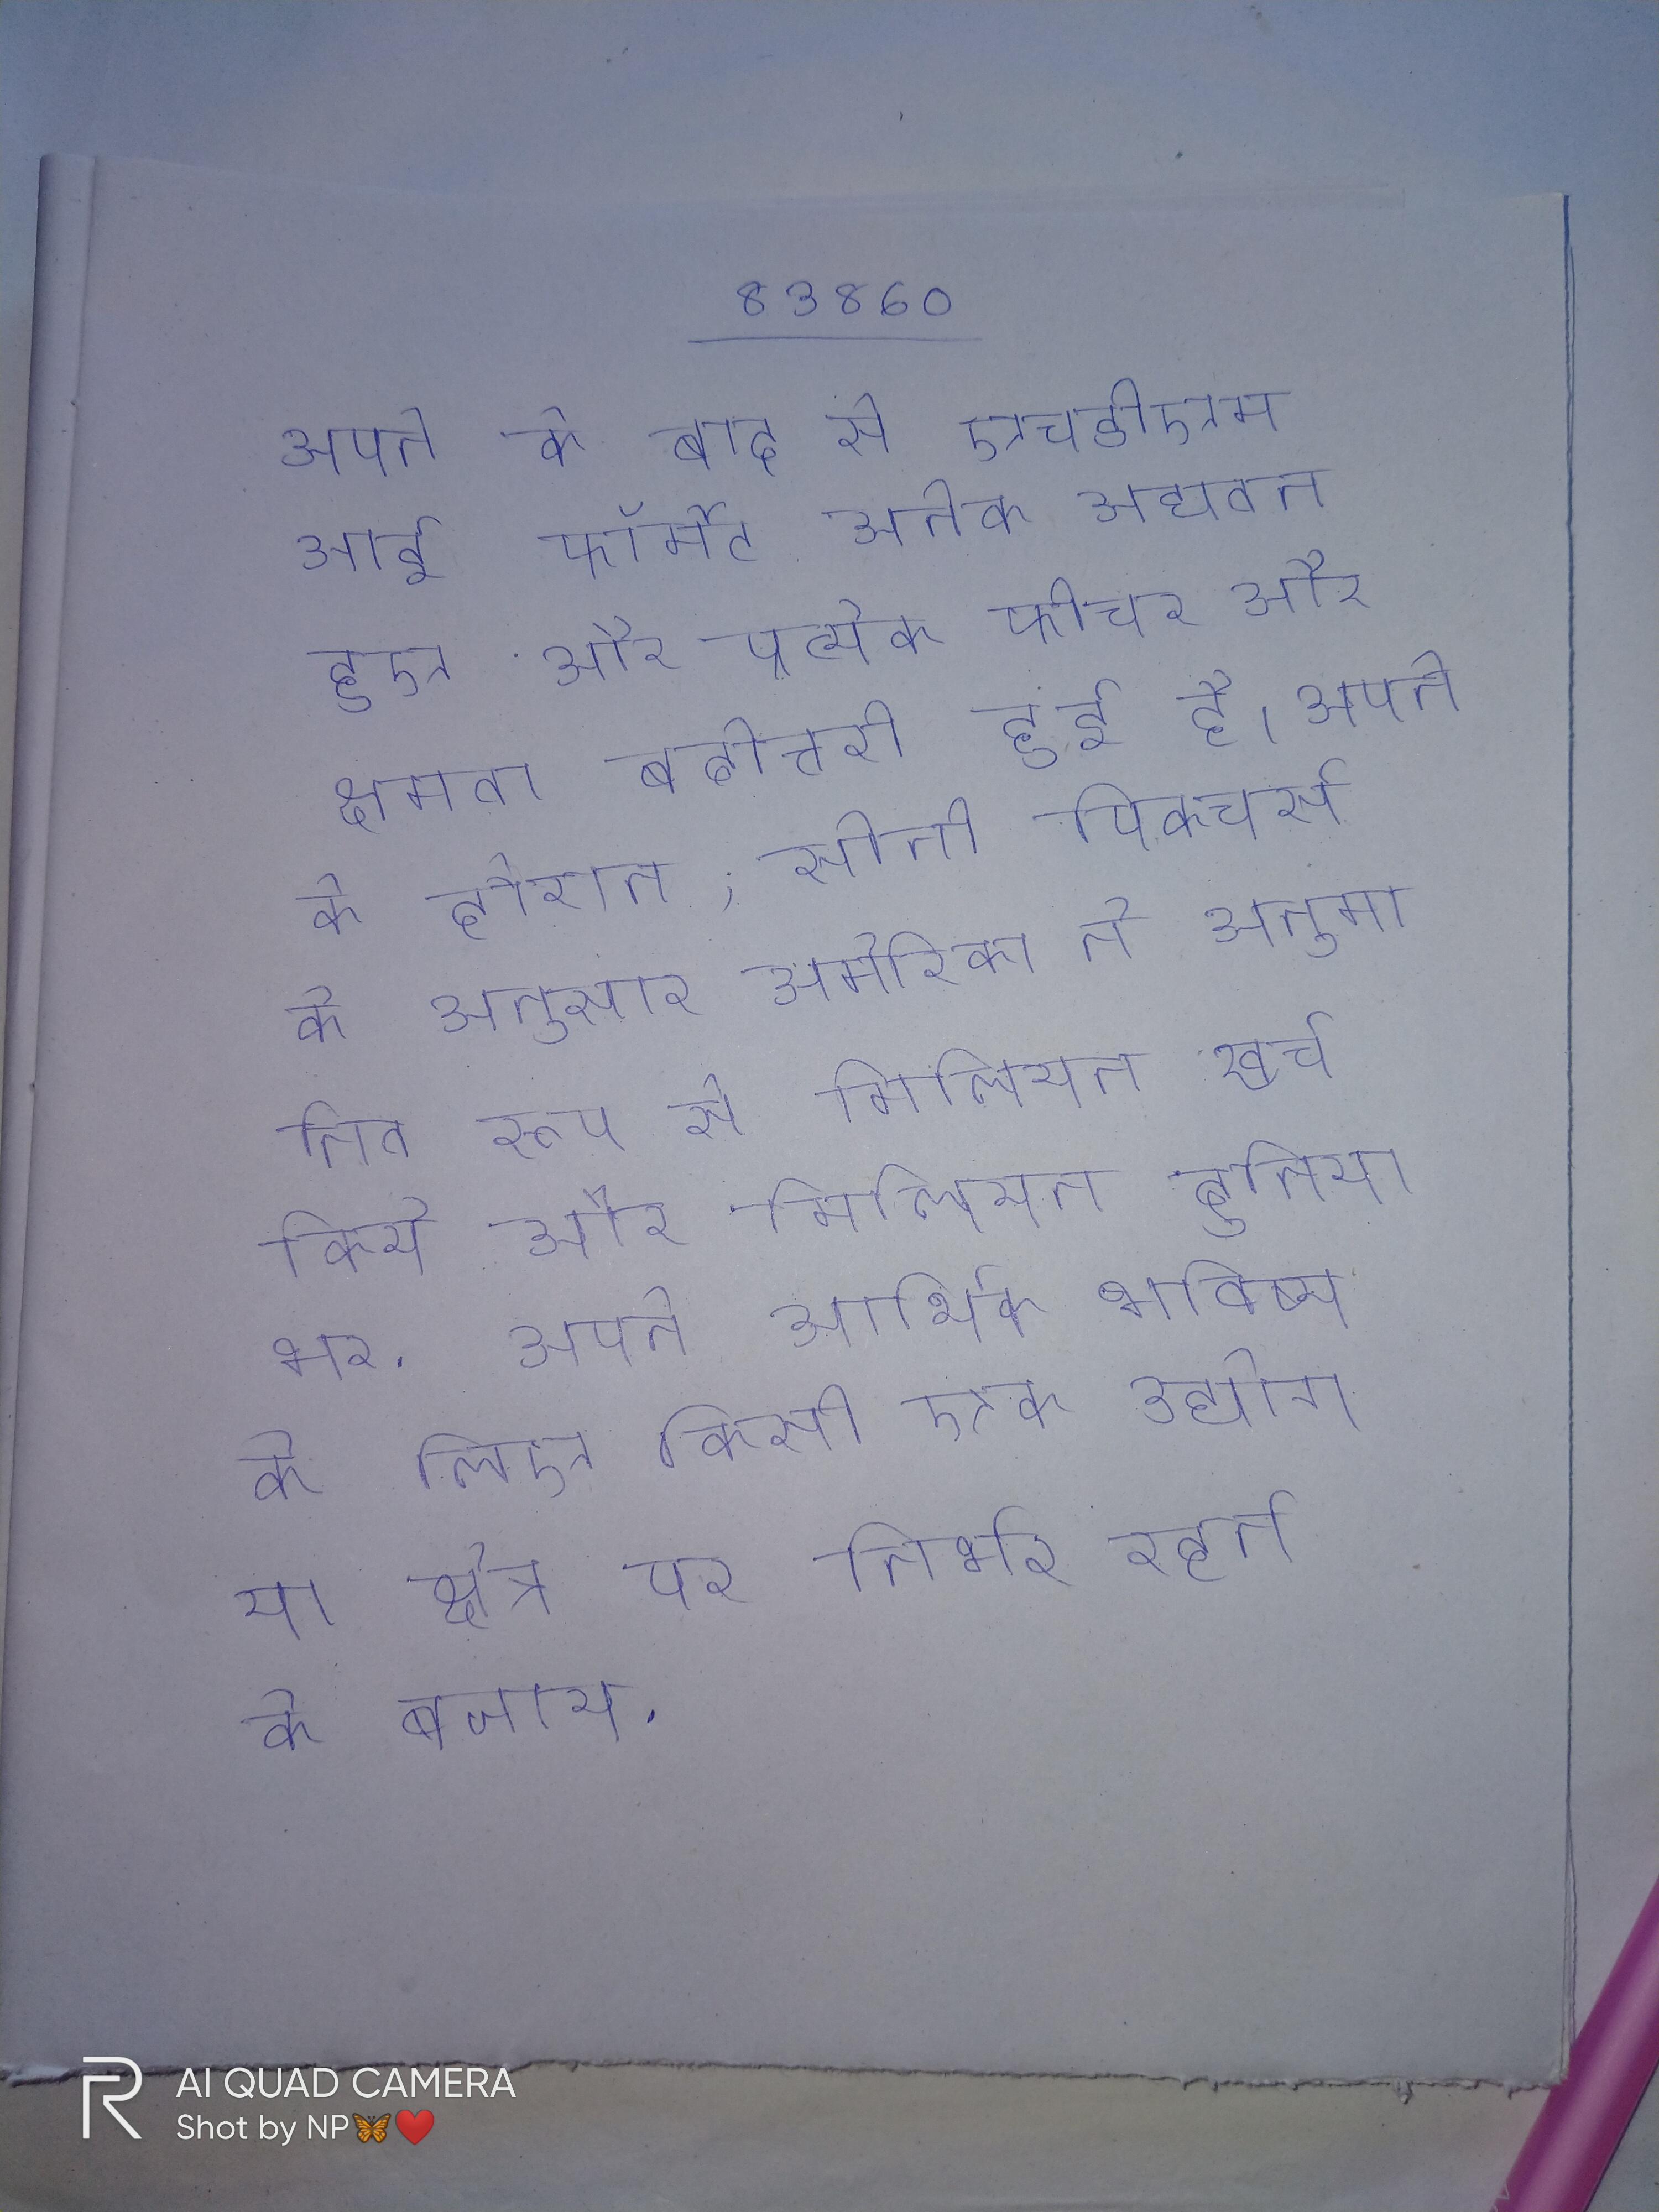
अपने के बाद से एचडीएमआई फॉर्मेट अनेक अद्यतन हुए और प्रत्येक फीचर और क्षमता बढोत्तरी हुई है । अपने के दौरान, सोनी पिक्चर्स के अनुसार अमेरिका ने अनुमानित रूप से मिलियन खर्च किये और मिलियन दुनिया भर . अपने आर्थिक भविष्य के लिए किसी एक उद्योग या क्षेत्र पर निर्भर रहने के बजाय, इस क्षेत्र ने एक विविधतापूर्ण दृष्टिकोण अपनाया है जिसने सदी विकास और विस्तार के लिए का सृजन किया है ।